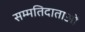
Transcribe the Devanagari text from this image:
सम्मतिदाताओं